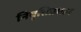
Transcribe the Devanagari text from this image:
निवृत्तिप्रधान